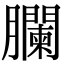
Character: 䑌